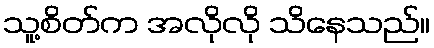
သူ့စိတ်က အလိုလို သိနေသည်။